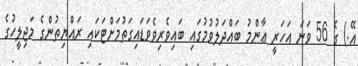
އޭ.) ގެ 56 ވަނަ އަހަރީ ޢާންމު ބައްދަލުވުމުގައި ބައިވެރިވެވަޑައިގަތުމަށްޓަކައި ރައްޔިތުންގެ މަޖިލީހުގެ